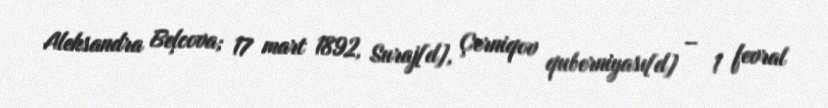
Aleksandra Beļcova; 17 mart 1892, Suraj[d], Çerniqov quberniyası[d] – 1 fevral